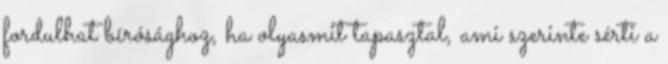
fordulhat bírósághoz, ha olyasmit tapasztal, ami szerinte sérti a